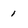
Character: 1